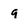
Character: g